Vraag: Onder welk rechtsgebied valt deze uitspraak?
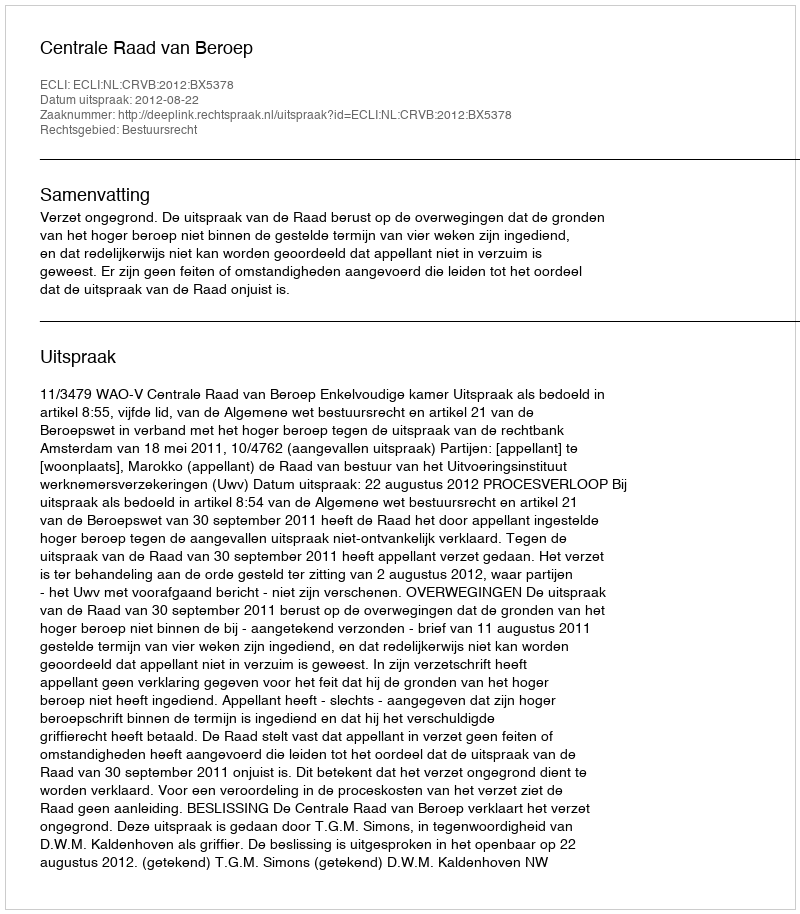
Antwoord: Bestuursrecht